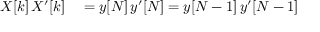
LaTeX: \begin{array} { r l } { X [ k ] \, X ^ { \prime } [ k ] } & { { } = y [ N ] \, y ^ { \prime } [ N ] = y [ N - 1 ] \, y ^ { \prime } [ N - 1 ] } \end{array}